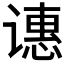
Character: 𬤝